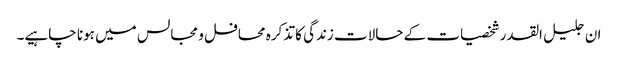
ان جلیل القدر شخصیات کے حالات زندگی کا تذکرہ محافل و مجالس میں ہونا چاہیے۔